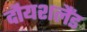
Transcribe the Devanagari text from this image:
दौयशलैंड